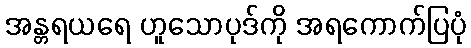
အန္တရယရေ ဟူသောပုဒ်ကို အရကောက်ပြပုံ